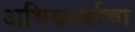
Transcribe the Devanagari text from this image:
अभिकर्त्याचा